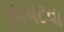
ઝાપટવા